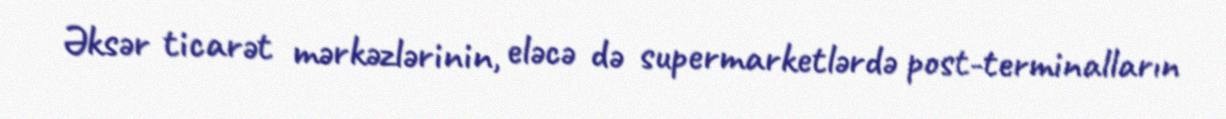
Əksər ticarət mərkəzlərinin, eləcə də supermarketlərdə post-terminalların